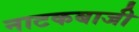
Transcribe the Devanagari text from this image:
नाटकबाजी